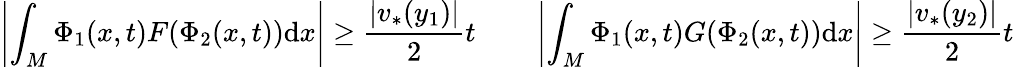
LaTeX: \left|\int_{M}\Phi_{1}(x,t)F(\Phi_{2}(x,t))\mathrm{d}x\right|\geq\frac{|v_{*}(y_{1})|}{2}t\qquad\left|\int_{M}\Phi_{1}(x,t)G(\Phi_{2}(x,t))\mathrm{d}x\right|\geq\frac{|v_{*}(y_{2})|}{2}t